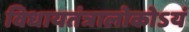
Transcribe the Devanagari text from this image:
विधायतंत्रालोकोऽयं